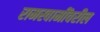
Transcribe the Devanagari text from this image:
रामस्वामींवरील